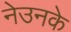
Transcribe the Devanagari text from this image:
नेउनके